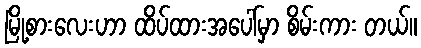
မြို့စားလေးဟာ ထိပ်ထားအပေါ်မှာ စိမ်းကား တယ်။